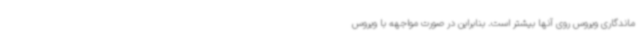
ماندگاری ویروس روی آنها بیشتر است. بنابراین در صورت مواجهه با ویروس